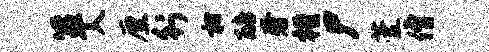
箪入厘行枋醅奢槿尸萱僧